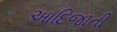
આદિજાતી